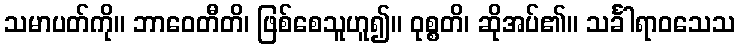
သမာပတ်ကို။ ဘာဝေတီတိ၊ ဖြစ်စေသူဟူ၍။ ဝုစ္စတိ၊ ဆိုအပ်၏။ သင်္ခါရာဝသေသ